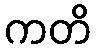
ကတိ